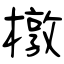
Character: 橔